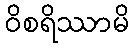
ဝိစရိဿာမိ